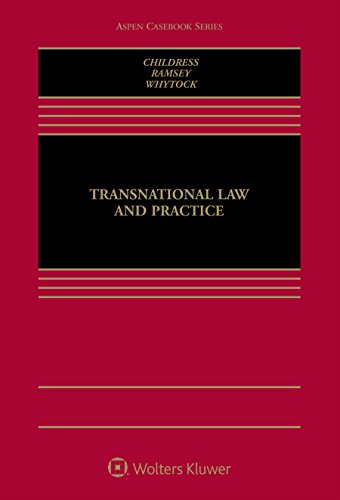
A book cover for Transnational Law and Practice (Aspen Casebook); Donald Earl Childress III; Law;